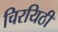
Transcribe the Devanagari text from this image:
चिरयिठी